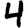
Digit: 4